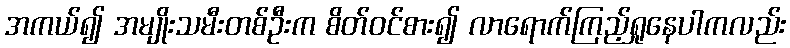
အကယ်၍ အမျိုးသမီးတစ်ဦးက စိတ်ဝင်စား၍ လာရောက်ကြည့်ရှုနေပါကလည်း